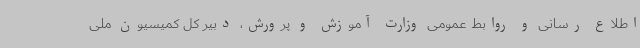
اطلاع‌ رسانی و روابط عمومی وزارت آموزش ‌و پرورش، دبیر کل کمیسیون ملی